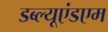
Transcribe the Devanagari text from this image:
डब्ल्यूएंडएम